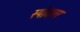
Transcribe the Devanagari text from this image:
स्पोयलर